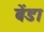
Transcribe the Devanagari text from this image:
बेंडा